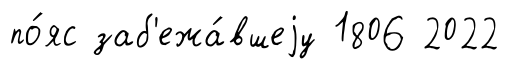
по́яс заб'ежа́вшеjу 1806 2022